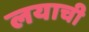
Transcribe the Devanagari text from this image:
लयाची